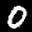
Label: 0